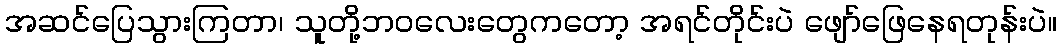
အဆင်ပြေသွားကြတာ၊ သူတို့ဘဝလေးတွေကတော့ အရင်တိုင်းပဲ ဖျော်ဖြေနေရတုန်းပဲ။